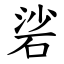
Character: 硰